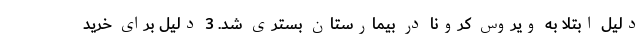
دلیل ابتلا به ویروس کرونا در بیمارستان بستری شد. 3 دلیل برای خرید